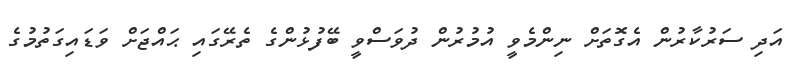
އަދި ސަރުކާރުން އެގޮތަށް ނިންމެވީ އުމުރުން ދުވަސްވީ ބޭފުޅުންގެ ތެރޭގައި ޙައްޖަށް ވަޑައިގަތުމުގެ